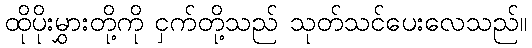
ထိုပိုးမွှားတို့ကို ငှက်တို့သည် သုတ်သင်ပေးလေသည်။